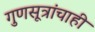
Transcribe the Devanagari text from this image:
गुणसूत्रांचाही